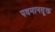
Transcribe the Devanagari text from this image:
पवमानसूक्त